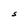
Character: S